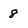
Character: 8